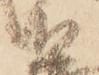
如